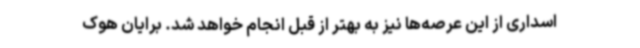
اسداری از این عرصه‌ها نیز به بهتر از قبل انجام خواهد شد. برایان هوک